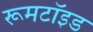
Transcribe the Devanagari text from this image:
रूमटॉइड